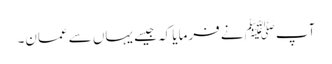
آپﷺ نے فرمایا کہ جیسے یہاں سے عمان۔